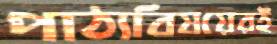
পাঠ্যবিষয়েরই